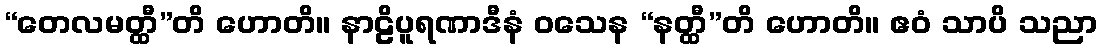
“တေလမတ္ထီ”တိ ဟောတိ။ နာဠိပူရဏာဒီနံ ဝသေန “နတ္ထီ”တိ ဟောတိ။ ဧဝံ သာပိ သညာ